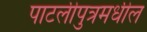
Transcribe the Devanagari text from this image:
पाटलीपुत्रमधील